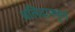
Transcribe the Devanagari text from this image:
बलिदानपूर्ण